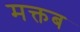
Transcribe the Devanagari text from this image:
मक्तब